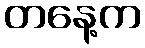
တနေ့က